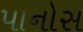
પાનોસ